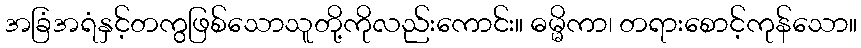
အခြံအရံနှင့်တကွဖြစ်သောသူတို့ကိုလည်းကောင်း။ ဓမ္မိကာ၊ တရားစောင့်ကုန်သော။